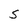
Character: S